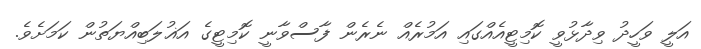
އަލީ ވަހީދު ވިދާޅުވީ ކޮމިޓީއެއްގައި އަމުރެއް ނެރެން ފާސްވާނީ ކޮމިޓީގެ އަޣުލަބިއްޔަތުން ކަމަށެވެ.